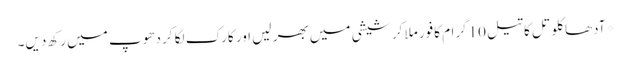
*آدھا کلو تل کا تیل 10گرام کافور ملا کر شیشی میں بھر لیں اور کارک لگا کر دھوپ میں رکھ دیں۔